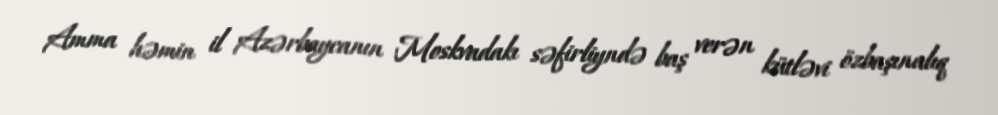
Amma həmin il Azərbaycanın Moskvadakı səfirliyndə baş verən kütləvi özbaşınalıq